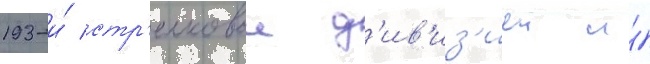
193-и́ стр'елковои д'ив'из'иеи и́